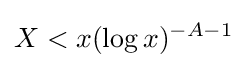
X<x(\log x)^{-A-1}